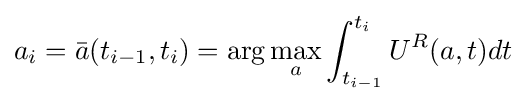
a_{i}={\bar {a}}(t_{i-1},t_{i})=\mathrm {arg} \max _{a}\int _{t_{i-1}}^{t_{i}}U^{R}(a,t)dt